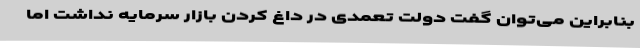
بنابراین می‌توان گفت دولت تعمدی در داغ کردن بازار سرمایه نداشت اما